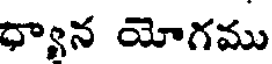
ధ్యాన యోగము